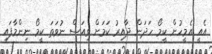
އެއީ އެމީހުން ކީމޯ ހަދަން ދާއިރު ކަމަށް ވިއަސް ނުވަތަ ކީމޯ ނިންމާފައި